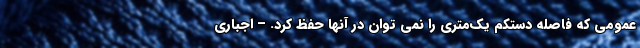
عمومی که فاصله دستکم یک‌متری را نمی توان در آنها حفظ کرد. – اجباری